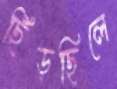
ছিঁড়ছিলে